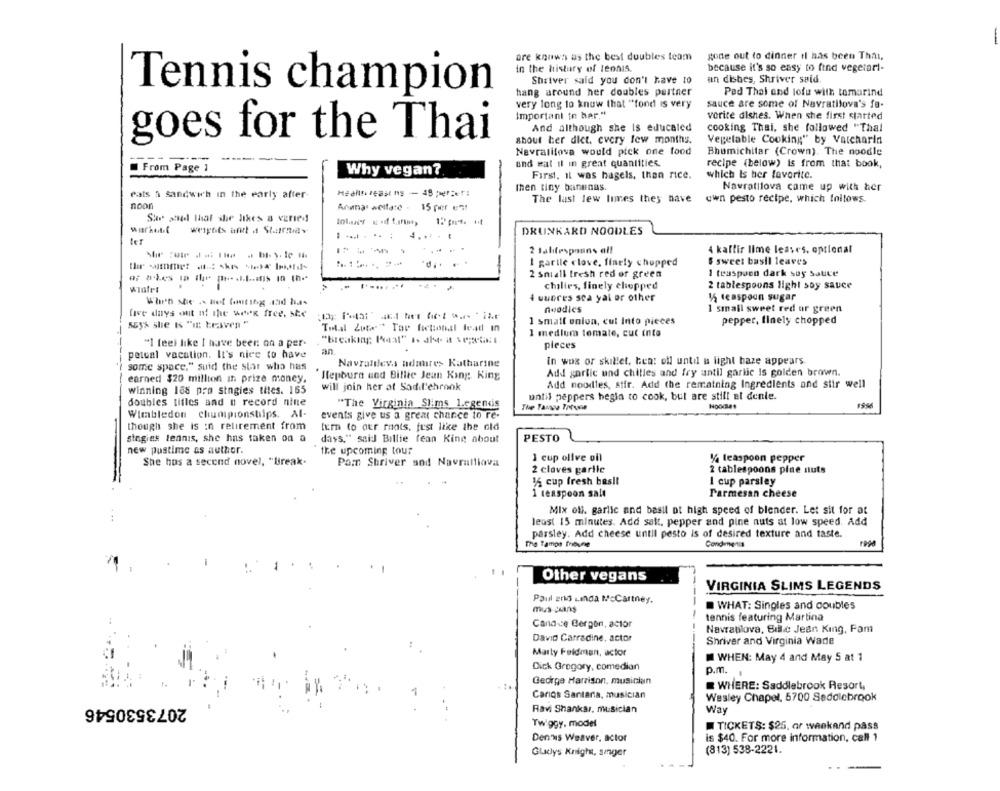
gone out to dinner Il has been Thal,
are known as the best doubles team
in the history of leonis.
because it's so easy to find vegetari-
Shriver said you don't have to
an dishes, Shriver said
Tennis champion
hang around her doubles partner
Pad Thai and lofe with tamarind
very long to know that "fond is very
sauce are some of Navratilova's fa-
Important in her."
vorite dishes. When she first started
And although she Is educated
cooking Thai, she followed "Thal
goes for the Thai
about her dict. every few months.
Vegetable Cooking" by Varcharin
Navratilova would pick one food
Bhumichitar (Crown). The noodle
From Page 1
und wat il in great quantities.
recipe (below) is from that book,
Why vegan?
First, Il was hagels, then rice.
which is her favorite.
then tiny banenas.
Navratilova came up with her
Pats a sandwich in the early after-
The last lew limes they have
own pesto recipe, which follows
noon
Ananas welfare . 15 per e ?!
Sue and that she likes a varied
weights and a Sturdy
DRUNKARD NOODLES
2 1alifespaans of!
4 kaffir lime leaves. optional
I garile clove, finely chopped
$ sweet basil leaves
2 sniall fresh red or green
1 teaspoon dark soy Sauce
chilies, finely chopped
2 tablespoons light soy sauce
When she s not funting and has
4 queres sca yal or other
15 teaspoon sugar
noodles
1 small sweet red or green
five days out of the week free, ste
555% she Is "IE tesven "
1 small onion, cut Into pieces
pepper, finely chopped
Total Zuta" Tae fictional lead in
1 medium tomate, cut into
"Breaking Peat" Is also a secreto:
"1 feel like I have been on a per-
pieces
petcal vacation. It's nice to have
an
Navratilevs ndnares Katharine
In wos or skillet, tea: oll until us light baze appears
some space," suid the star who has
Add garlic und chilles and fry until garlic is golden brown.
earned $20 million in prize money.
Hepburn und Billie Jean King :. King
will join her at Sadd'ehrank
Add noodles, stir. Add the remaining Ingredients and stir well
winning 188 pro singles thes. 165
until peppers begin to cook, but are still et denle.
doubles titles and n record nine
"The Virginia Slims Legendis
The Tanya Trivia
Wimbledon chumpionships. Al-
events give us a great chance to re-
though she is in retirement from
turn to aur raats, just like the old
singies tennis, she has taken on a
days," said Billie fean King about
PESTO
new pustime as author.
the upcoming tour
1 cup olive oil
% teaspoon pepper
She hos a second novel, "Break.
Pam Shriver and Navralliova
2 claves garlic
2 tablespoons pine nuts
1 cup fresh basil
1 cup parsley
1 teaspoon salt
Parmesan cheese
Mix ofl. garlic and basil at high speed of blender. Let sit for at
least 15 minutes. Add salt, pepper and pine nuts at low speed. Add
parsley. Add cheese until pesto is of desired texture and taste.
The Tamps Tribune
Condiments
Other vegans
VIRGINIA SLIMS LEGENDS
Paul and Linda Mccartney.
mus Cuans
WHAT: Singles and doubles
tennis featuring Martina
Candice Bergen, actor
Navratilova, Bdle Jean King, Pam
David Carradine, actor
------
Shriver and Virginia Wade
Marty Feldman, actor
WHEN: May 4 and May 5 at 1
Dick Gregory, comedian
p.m.
George Harrison, musician
WHERE: Saddlebrook Resort,
Carlos Santana, musician
Wesley Chapel, 5700 Saddlebrook
2073530546
Ravi Shankar, musician
Way
Twiggy. model
TICKETS: $25, or weekand pass
Dennis Weaver, actor
is $40. For more information, call 1
(813) 538-2221.
Gladys Knight, singer